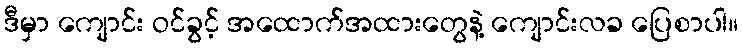
ဒီမှာ ကျောင်း ဝင်ခွင့် အထောက်အထားတွေနဲ့ ကျောင်းလခ ပြေစာပါ။